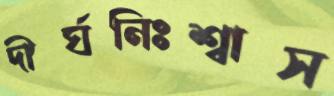
দীর্ঘনিঃশ্বাস